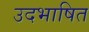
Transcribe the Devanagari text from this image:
उदभाषित